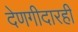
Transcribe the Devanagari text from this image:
देणगीदारही